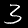
Label: 3